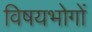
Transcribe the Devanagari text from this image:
विषयभोगों